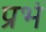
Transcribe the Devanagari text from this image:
प्रभं